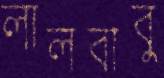
লালবাবু